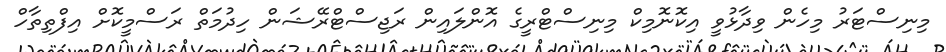
މިނިސްޓަރު މިހެން ވިދާޅުވީ އިކޮނޮމިކް މިނިސްޓްރީގެ އޮންލައިން ރަޖިސްޓްރޭޝަން ހިދުމަތް ރަސްމީކޮށް އިފްތިތާހް